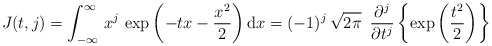
\begin{align*}J(t,j)=\int_{-\infty}^{\infty}\,x^{j}\,\exp\left(-t x-\frac{x^2}{2}\right)\mathrm{d}x=(-1)^j\,\sqrt{2\pi}\,\,\,\frac{\partial^j}{\partial t^j}\left\{\exp\left(\frac{t^2}{2}\right)\right\}\end{align*}